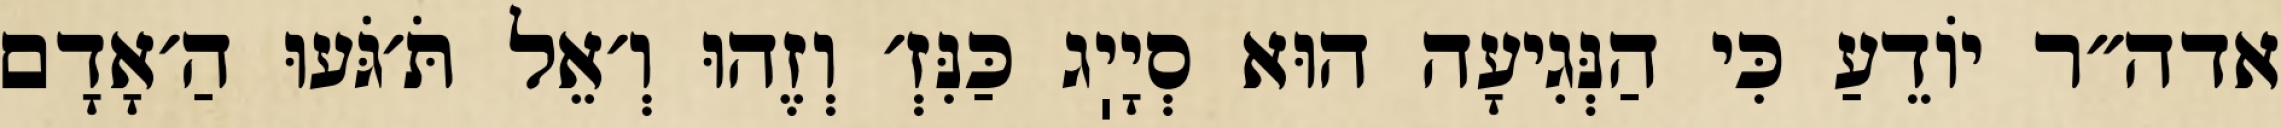
אדה״ר יוֹדֵעַ כִּי הַנְּגִיעָה הוּא סְיָיֽג כַּנִּזְ׳ וְזֶהוּ וְ׳אֵל תֹּ׳גֹּעוּ הַ׳אָדָם